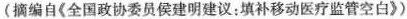
(摘编自《全国政协委员侯建明建议：填补移动医疗监管空白》)